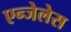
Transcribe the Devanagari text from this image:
एन्जेलेस